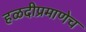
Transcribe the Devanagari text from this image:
हळदीप्रमाणेच